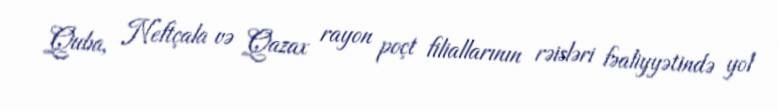
Quba, Neftçala və Qazax rayon poçt filiallarının rəisləri fəaliyyətində yol